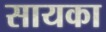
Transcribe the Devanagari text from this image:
सायका